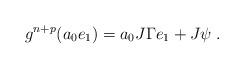
LaTeX: \begin{align*}g^{n+p}(a_0 e_1) = a_0 J \Gamma e_1 + J \psi \;.\end{align*}